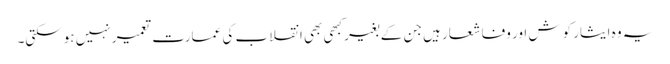
یہ وہ ایثار کوش اور وفا شعار ہیں جن کے بغیر کبھی بھی انقلاب کی عمارت تعمیر نہیں ہوسکتی۔